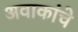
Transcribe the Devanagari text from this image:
अवाकांचे